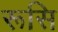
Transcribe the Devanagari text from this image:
रूसि